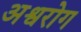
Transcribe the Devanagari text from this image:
अश्वरोग